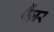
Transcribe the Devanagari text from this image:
पैंज़र